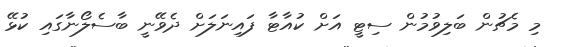
މި މެޗުން ބަލިވުމުން ސިޓީ އަށް ކުއާޓާ ފައިނަލަށް ދެވޭނީ ބާސެލޯނާގައި ކުޅޭ